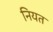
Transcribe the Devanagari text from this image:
नियत